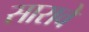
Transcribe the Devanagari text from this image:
सारावे